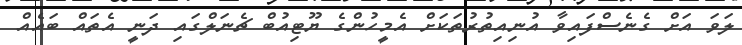
ލަވަ އަށް ގެނެސްފައިވާ އުނިއިތުރުތަކަށް އެމީހުންގެ ޔޫޓިއުބް ޗެނަލްގައި ދަނީ އެތައް ބައެއް